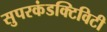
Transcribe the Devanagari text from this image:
सुपरकंडक्टिविटी